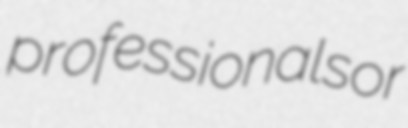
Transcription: professionals or